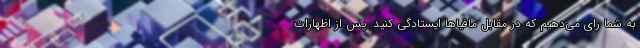
به شما رای می‌دهیم که در مقابل مافیاها ایستادگی کنید. پس از اظهارات